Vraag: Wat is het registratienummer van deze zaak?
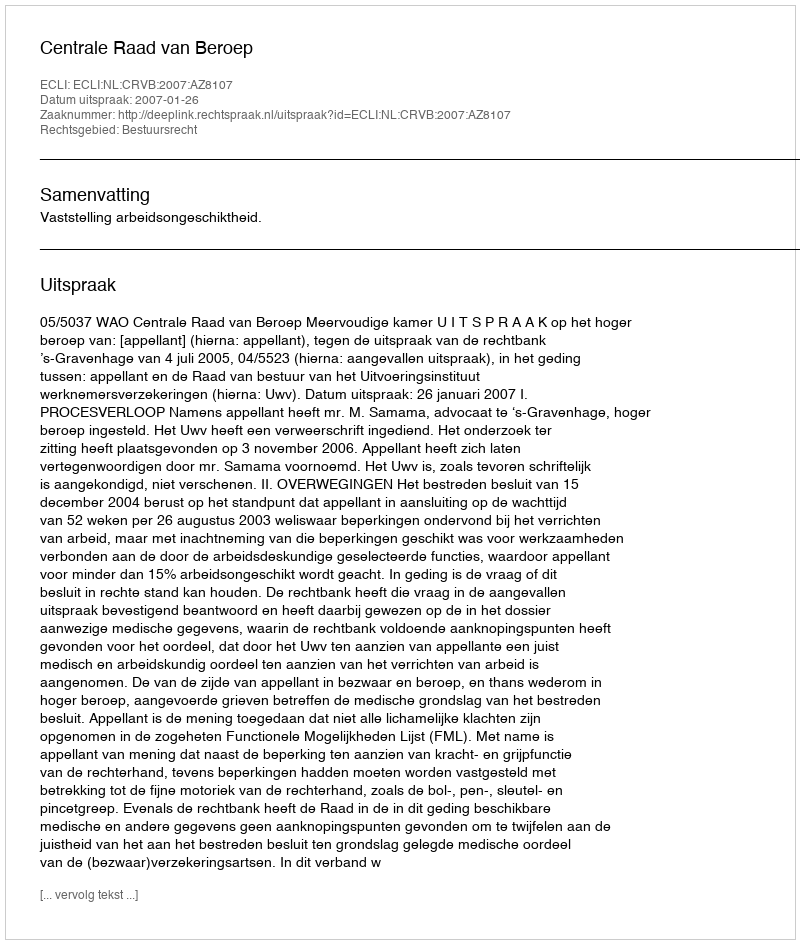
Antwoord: http://deeplink.rechtspraak.nl/uitspraak?id=ECLI:NL:CRVB:2007:AZ8107